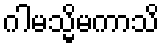
ဂါမသ္မိမကာသိ